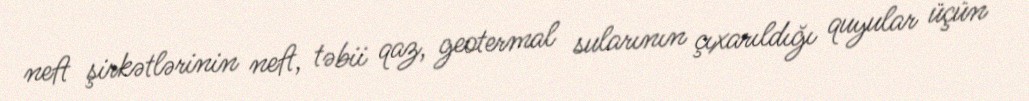
neft şirkətlərinin neft, təbii qaz, geotermal sularının çıxarıldığı quyular üçün